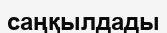
саңқылдады